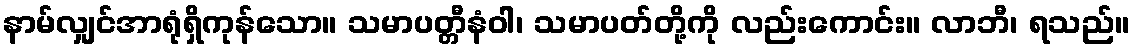
နာမ်လျှင်အာရုံရှိကုန်သော။ သမာပတ္တီနံဝါ၊ သမာပတ်တို့ကို လည်းကောင်း။ လာဘီ၊ ရသည်။